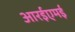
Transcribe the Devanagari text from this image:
आरईएमई